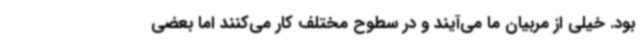
بود. خیلی از مربیان ما می‌آیند و در سطوح مختلف کار می‌کنند اما بعضی